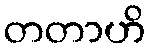
တတာဟိ